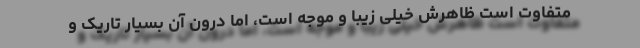
متفاوت است ظاهرش خیلی زیبا و موجه است، اما درون آن بسیار تاریک و